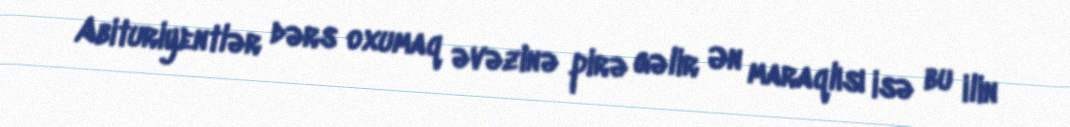
Abituriyentlər dərs oxumaq əvəzinə pirə gəlir Ən maraqlısı isə bu ilin